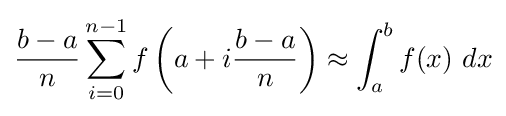
{\frac {b-a}{n}}\sum _{i=0}^{n-1}f\left(a+i{\frac {b-a}{n}}\right)\approx \int _{a}^{b}f(x)\ dx